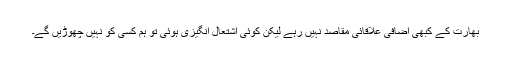
بھارت کے کبھی اضافی علاقائی مقاصد نہیں رہے لیکن کوئی اشتعال انگیزی ہوئی تو ہم کسی کو نہیں چھوڑیں گے۔